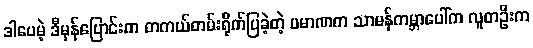
ဒါပေမဲ့ ဒီမှန်ပြောင်းက တကယ်တမ်းရိုက်ပြခဲ့တဲ့ ပမာဏက သာမန်ကမ္ဘာပေါ်က လူတဦးက